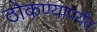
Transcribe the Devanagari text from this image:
ठोकण्यापर्यंत